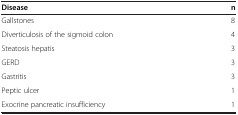
<table><thead><tr><td><b>Disease</b></td><td><b>n</b></td></tr></thead><tbody><tr><td>Gallstones</td><td>8</td></tr><tr><td>Diverticulosis of the sigmoid colon</td><td>4</td></tr><tr><td>Steatosis hepatis</td><td>3</td></tr><tr><td>GERD</td><td>3</td></tr><tr><td>Gastritis</td><td>3</td></tr><tr><td>Peptic ulcer</td><td>1</td></tr><tr><td>Exocrine pancreatic insufficiency</td><td>1</td></tr></tbody></table>